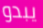
يبدو